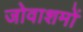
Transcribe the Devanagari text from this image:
जोवाशमों